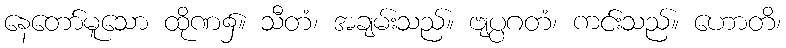
နေတော်မူသော ထိုဏ၌။ သီတံ၊ အချမ်းသည်။ ဗျပ္ပဂတံ၊ ကင်းသည်။ ဟောတိ၊